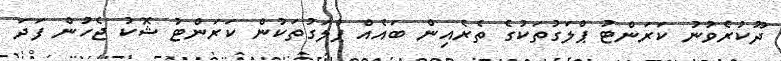
ދޫކުރެވުނު ކަރަންޓު ޕްލަގުތަކުގެ ތެރެއިން ބައެއް ޕްލަގުތަކުން ކަރަންޓު ޝޮކު ޖެހުން ފަދަ